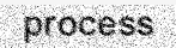
process